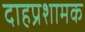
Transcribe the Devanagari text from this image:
दाहप्रशामक